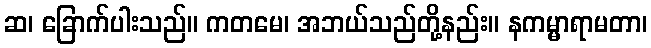
ဆ၊ ခြောက်ပါးသည်။ ကတမေ၊ အဘယ်သည်တို့နည်း။ နကမ္မာရာမတာ၊